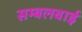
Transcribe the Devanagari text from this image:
सम्बलबाई